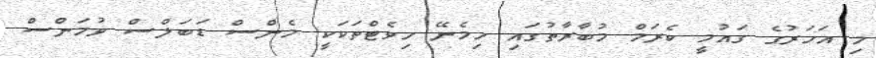
މި އަހަރުގެ ގައުމީ ކެރަމް މުބާރާތުގައި ހިމެނޭ ހިވެޓްތަކަކީ މެންސް ޑަބަލްސް ވުމަންސް